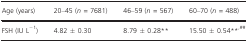
| Age (years) | 20–45 (n = 7681) | 46–59 (n = 567) | 60–70 (n = 488) |
 | --- | --- | --- | --- |
 | FSH (IU L−1) | 4.82 ± 0.30 | 8.79 ± 0.28** | 15.50 ± 0.54**,## |